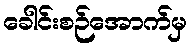
ခေါင်းစဉ်အောက်မှ